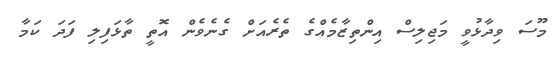
މޫސަ ވިދާޅުވީ މަޖިލިސް އިންތިޒާމެއްގެ ތެރެއަށް ގެނެވެން އޮތީ ތާޅަފިލި ފަދަ ކަމާ